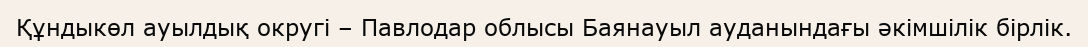
Құндыкөл ауылдық округі – Павлодар облысы Баянауыл ауданындағы әкімшілік бірлік.